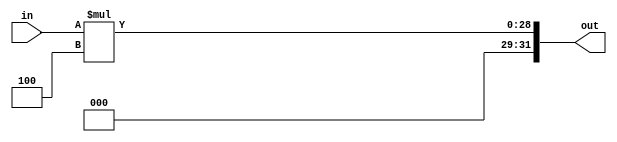
 
module SLL_26(in , out);

input [25:0]in;
output [31:0]out;

assign out = in*4;

endmodule


module SLL_32(in , out);

input [31:0]in;
output [31:0]out;

assign out = in*4;

endmodule




module jumbFullAddress(in  , pc , fullAddress);

input [25:0]in;
input [31:0]pc;
output [31:0]fullAddress;
wire [31:0]sll_out;

SLL_26 sll(in , sll_out);


assign fullAddress = sll_out | (pc & 32'hf0000000);

endmodule